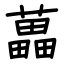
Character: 藟